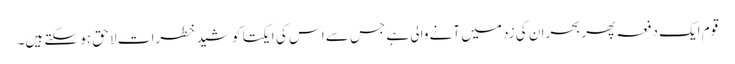
قوم ایک دفعہ پھر بحران کی زد میں آنے والی ہے جس سے اس کی ایکتا کو شید خطرات لا حق ہو سکتے ہیں۔